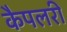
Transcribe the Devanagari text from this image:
कैपलरी